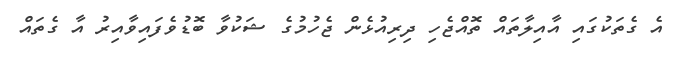
އެ ގެތަކުގައި އާއިލާތައް ތޮއްޖެހި ދިރިއުޅެން ޖެހުމުގެ ޝަކުވާ ބޮޑުވެފައިވާއިރު އާ ގެތައް